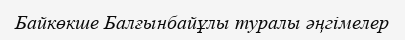
Байкөкше Балғынбайұлы туралы әңгімелер